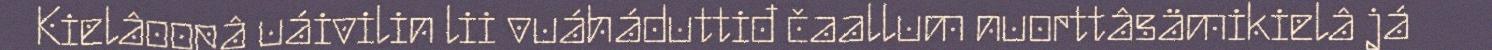
Kielâoopâ uáivilin lii vuáháduttiđ čaallum nuorttâsämikielâ já